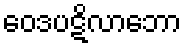
ဝေဒပဋိလာဘော